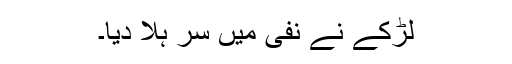
لڑکے نے نفی میں سر ہلا دیا۔